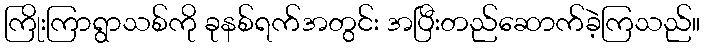
ကြိုးကြာရွာသစ်ကို ခုနစ်ရက်အတွင်း အပြီးတည်ဆောက်ခဲ့ကြသည်။